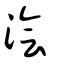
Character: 澮